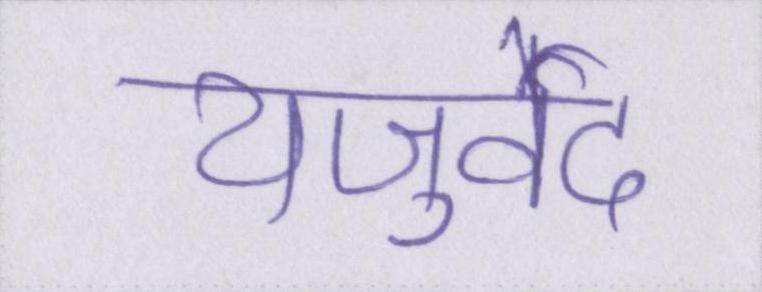
यजुर्वेद